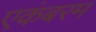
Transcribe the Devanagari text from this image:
एकंबरम